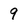
Character: 9